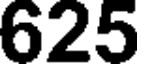
625